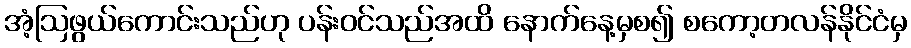
အံ့ဩဖွယ်ကောင်းသည်ဟု ပန်းဝင်သည်အထိ နောက်နေ့မှစ၍ စကော့တလန်နိုင်ငံမှ